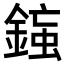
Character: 𨨸